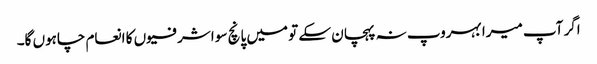
اگر آپ میرا بہروپ نہ پہچان سکے تو میں پانچ سو اشرفیوں کا انعام چاہوں گا۔